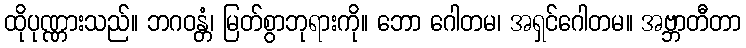
ထိုပုဏ္ဏားသည်။ ဘဂဝန္တံ၊ မြတ်စွာဘုရားကို။ ဘော ဂေါတမ၊ အရှင်ဂေါတမ။ အဗ္ဘာတီတာ